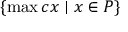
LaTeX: \{ \operatorname* { m a x } c x \mid x \in P \}